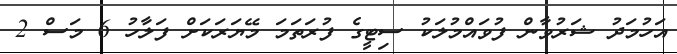
އަހުމަދު ޝަރުވާން ފުވައްމުލަކު ސިޓީގެ ފުރަތަމަ މޭޔަރަކަށް ފަލާހު 6 މަސް 2